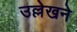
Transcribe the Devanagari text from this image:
उल्लेखने